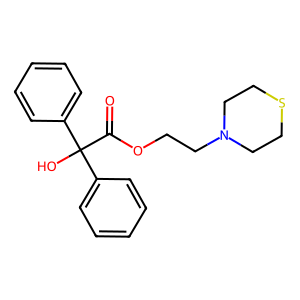
SMILES: O=C(OCCN1CCSCC1)C(O)(c1ccccc1)c1ccccc1
Inhibits HIV replication: No